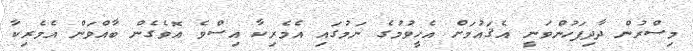
މިސްރުން ދާދިފަހުންވަނީ އެޤައުމަށް އެހީވުމުގެ ނަމުގައި އެމެރިކާ އިސްވެ އޮވެގެން ބާއްވަން އެމެރިކާ